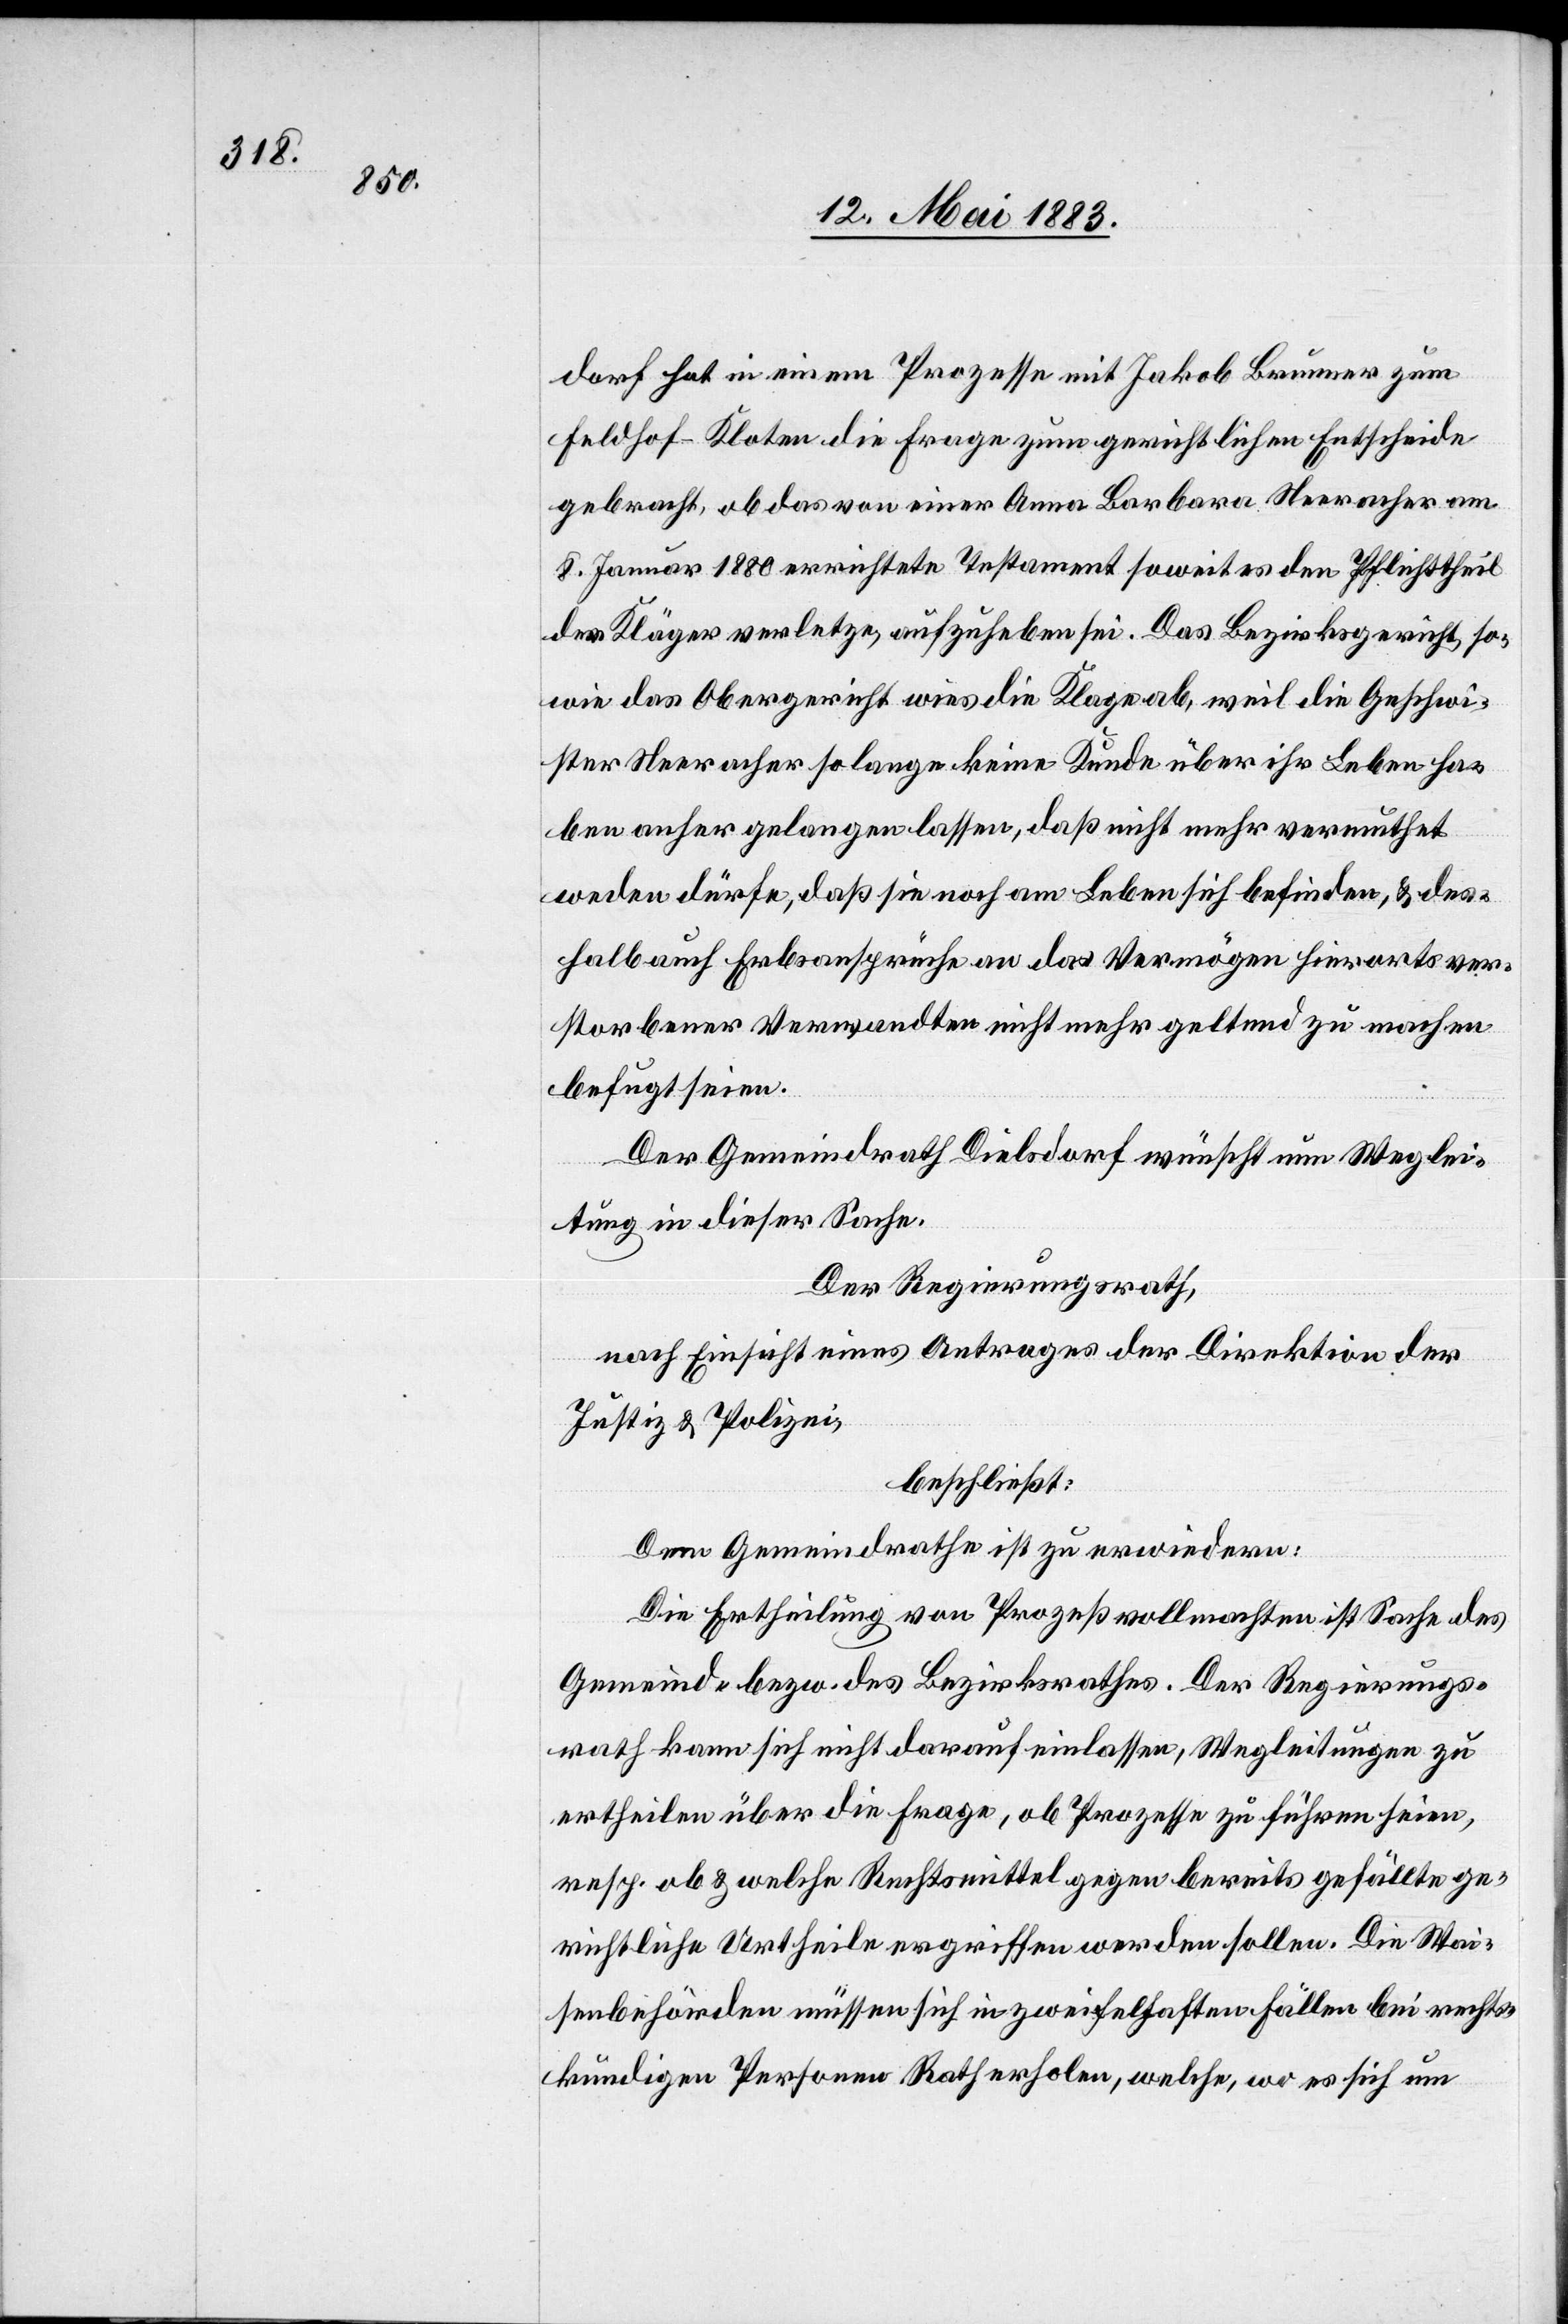
dorf hat in einem Prozesse mit Jakob Brunner zum
Feldhof - Kloten die Frage zum gerichtlichen Entscheide
gebracht, ob das von einer Anna Barbara Neeracher am
8. Januar 1880 errichtete Testament soweit es den Pflichttheil
des Klägers verletze, aufzuheben sei. Das Bezirksgericht, so¬
wie das Obergericht wies die Klage ab, weil die Geschwi¬
ster Neeracher solange keine Kunde über ihr Leben ha¬
ben anher gelangen lassen, daß nicht mehr vermuthet
werden dürfe, daß sie noch am Leben sich befinden, & des¬
halb auf Erbsansprüche an das Vermögen hierorts ver¬
storbener Verwandten nicht mehr geltend zu machen
befugt seien.
Der Gemeindrath Dielsdorf wünscht um Weglei¬
tung in dieser Sache.
Der Regierungsrath,
nach Einsicht eines Antrages der Direktion der
Justiz & Polizei,
beschließt:
Dem Gemeindrathe ist zu erwiedern:
Die Ertheilung von Prozessvollmachten ist Sache des
Gemeind- bezw. des Bezirksrathes. Der Regierungs¬
rath kann sich nicht darauf einlassen, Wegleitungen zu
ertheilen über die Frage, ob Prozesse zu führen seien,
resp. ob & welche Rechtsmittel gegen bereits gefällte ge¬
richtliche Urtheile ergriffen werden sollen. Die Wai¬
senbehörden müssen sich in zweifelhaften Fällen bei rechts¬
kundigen Personen Rath erholen, welche, wo es sich um